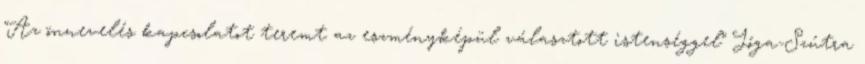
"Az önnevelés kapcsolatot teremt az eszményképül választott istenséggel" Jóga-Szútra